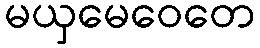
မယှမေဝေတေ